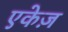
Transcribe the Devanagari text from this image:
एकेज़